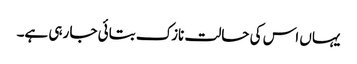
یہاں اس کی حالت نازک بتائی جا رہی ہے۔